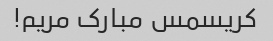
کریسمس مبارک مریم!